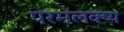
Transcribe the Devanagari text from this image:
परमलक्ष्य